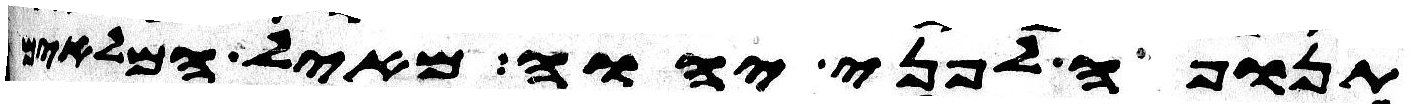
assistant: תנופה לפני יהוה מאיל המלאים